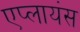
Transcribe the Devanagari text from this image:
एप्लायंस